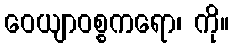
ဝေယျာဝစ္စကရော၊ ကို။